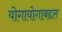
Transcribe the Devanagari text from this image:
योगायोगाबद्दल